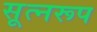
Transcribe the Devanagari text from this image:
सूत्नरूप